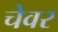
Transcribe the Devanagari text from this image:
चेवर